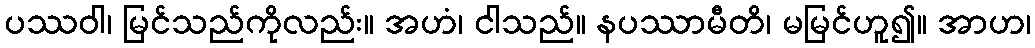
ပဿဝါ၊ မြင်သည်ကိုလည်း။ အဟံ၊ ငါသည်။ နပဿာမီတိ၊ မမြင်ဟူ၍။ အာဟ၊